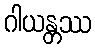
ဂါယန္တဿ